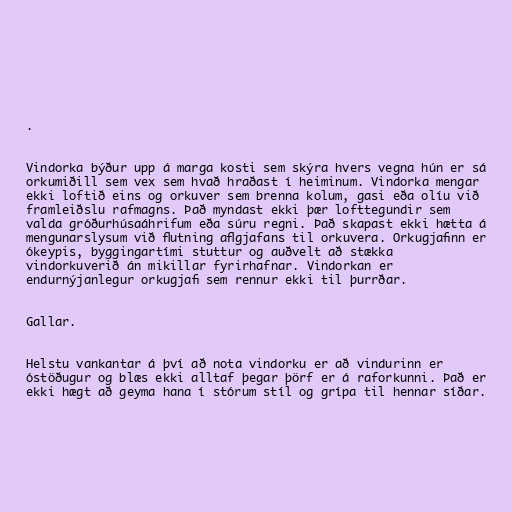
.

Vindorka býður upp á marga kosti sem skýra hvers vegna hún er sá
orkumiðill sem vex sem hvað hraðast í heiminum. Vindorka mengar
ekki loftið eins og orkuver sem brenna kolum, gasi eða olíu við
framleiðslu rafmagns. Það myndast ekki þær lofttegundir sem
valda gróðurhúsaáhrifum eða súru regni. Það skapast ekki hætta á
mengunarslysum við flutning aflgjafans til orkuvera. Orkugjafinn er
ókeypis, byggingartími stuttur og auðvelt að stækka
vindorkuverið án mikillar fyrirhafnar. Vindorkan er
endurnýjanlegur orkugjafi sem rennur ekki til þurrðar.

Gallar.

Helstu vankantar á því að nota vindorku er að vindurinn er
óstöðugur og blæs ekki alltaf þegar þörf er á raforkunni. Það er
ekki hægt að geyma hana í stórum stíl og grípa til hennar síðar.